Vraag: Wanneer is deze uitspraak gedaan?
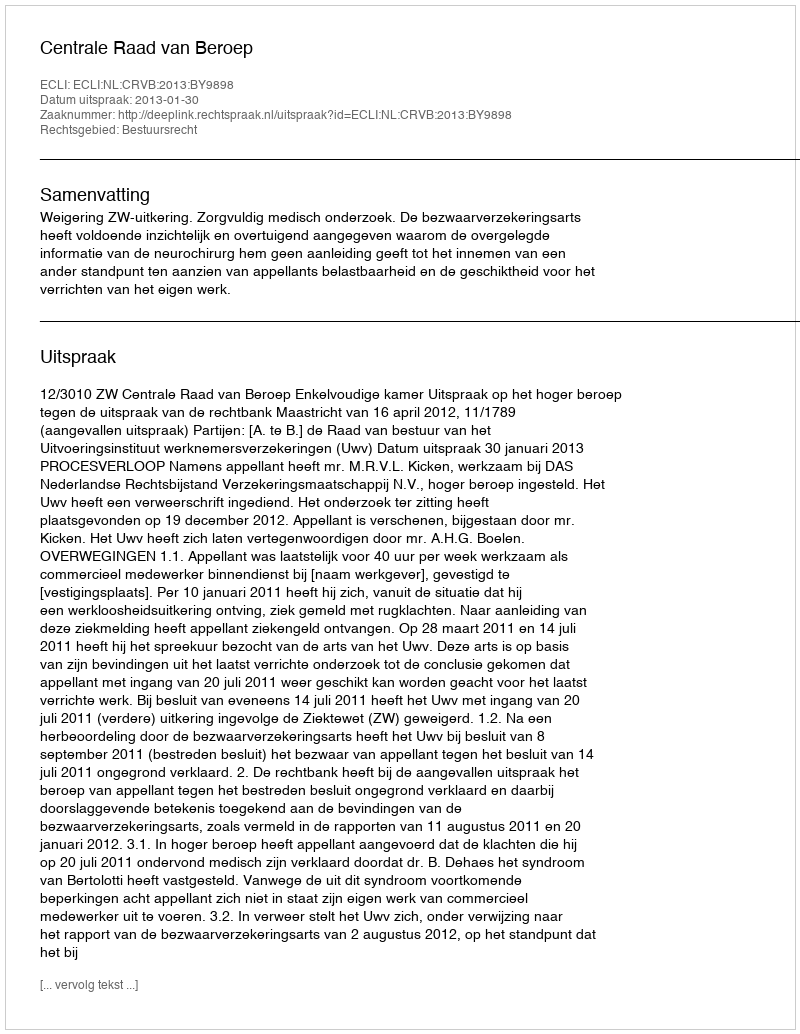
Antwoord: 2013-01-30